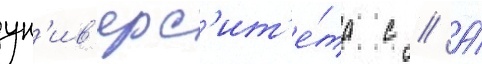
ун'ив'ерс'ит'е́та с // А́